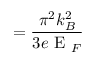
= \frac { \pi ^ { 2 } k _ { B } ^ { 2 } } { 3 e \mathrm { ~ E ~ } _ { F } }